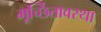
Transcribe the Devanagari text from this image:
मूर्च्छितावस्था